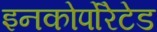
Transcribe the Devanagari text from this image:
इनकोर्पोरेटेड